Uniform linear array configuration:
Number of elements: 8
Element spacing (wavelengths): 0.5
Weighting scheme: exponential
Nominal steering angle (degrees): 60
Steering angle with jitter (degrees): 61.641
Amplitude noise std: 0.05
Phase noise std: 0.05

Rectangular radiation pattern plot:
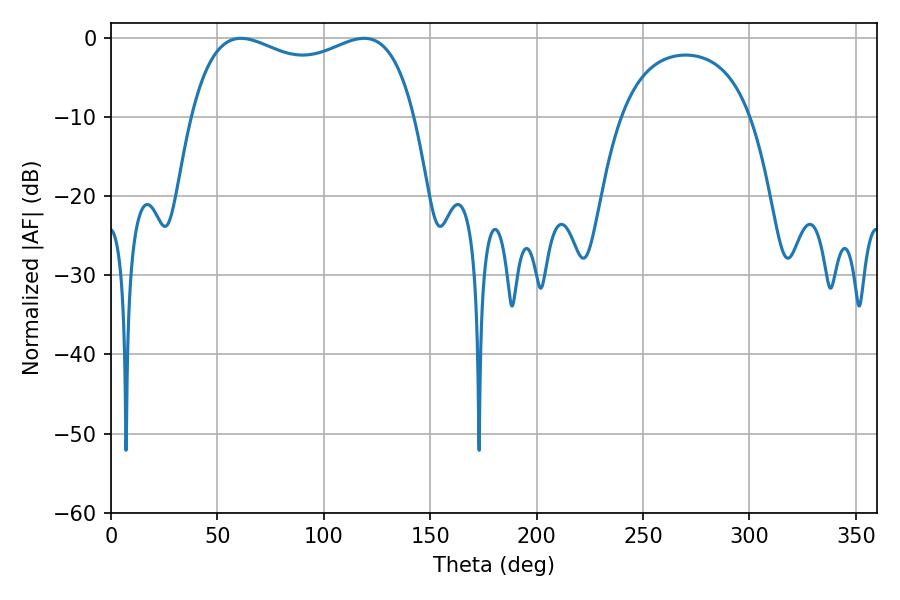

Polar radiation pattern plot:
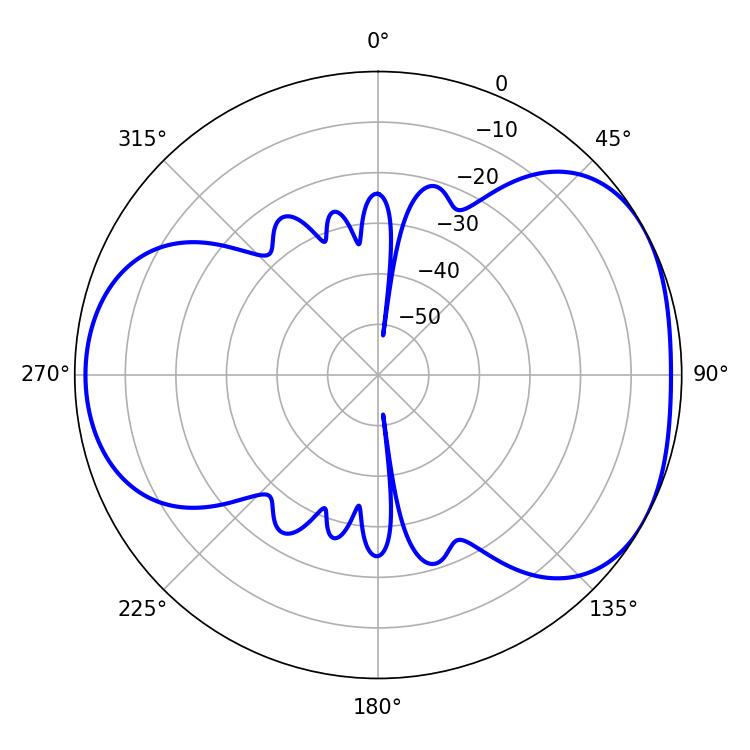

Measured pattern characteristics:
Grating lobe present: FALSE
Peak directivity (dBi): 4.418
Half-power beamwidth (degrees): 86.76
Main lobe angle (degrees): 61.02